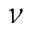
\nu